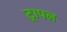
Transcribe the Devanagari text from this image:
ट्रापल